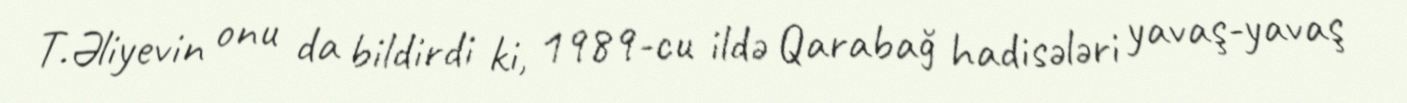
T.Əliyevin onu da bildirdi ki, 1989-cu ildə Qarabağ hadisələri yavaş-yavaş